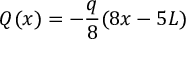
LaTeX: Q ( x ) = - { \frac { q } { 8 } } ( 8 x - 5 L )